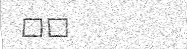
٧٩